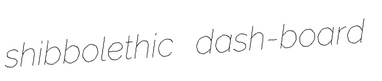
shibbolethic dash-board